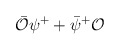
\begin{align*}\bar{\mathcal O}\psi^++\bar\psi^+{\mathcal O}\end{align*}